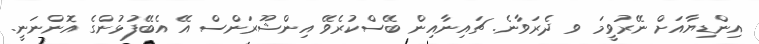
އިންޑިޔާއަށް ނޭރުވީމަ ވ ދެރަވާނެ. ޗައިނާއިން ބޭސްކުރެވޭ އިންޝޫރަންސް އޭ އެބޭފުޅުންގެ އޮންނަނީ.